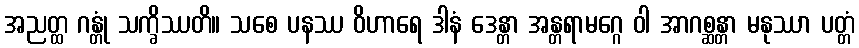
အညတ္ထ ဂန္တုံ သက္ခိဿတိ။ သစေ ပနဿ ဝိဟာရေ ဒါနံ ဒေန္တာ အန္တရာမဂ္ဂေ ဝါ အာဂစ္ဆန္တာ မနုဿာ ပတ္တံ